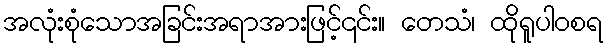
အလုံးစုံသောအခြင်းအရာအားဖြင့်၎င်း။ တေသံ၊ ထိုရူပါဝစရ